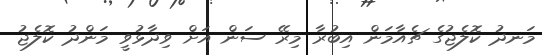
މަނދު ކޮލެޖުގެ ޗެއާމަން އިބުރާ މިރޭ ސަން އަށް ވިދާޅުވީ މަންދު ކޮލެޖު